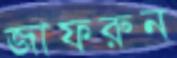
জাফরুন